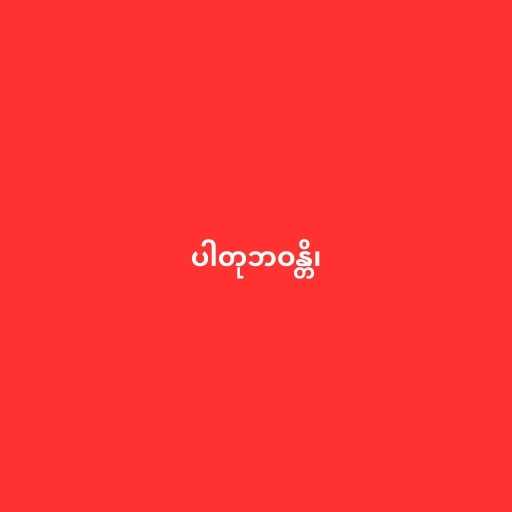
ပါတုဘဝန္တိ၊